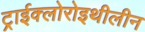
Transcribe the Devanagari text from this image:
ट्राईक्लोरोइथीलीन